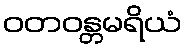
ဝတဝန္တမရိယံ